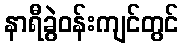
နာရီခွဲဝန်းကျင်တွင်